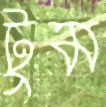
টুম